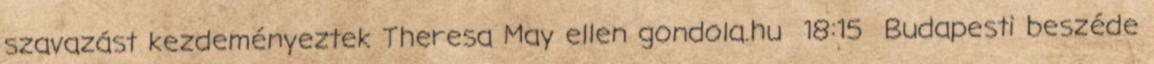
szavazást kezdeményeztek Theresa May ellen gondola.hu 18:15 Budapesti beszéde